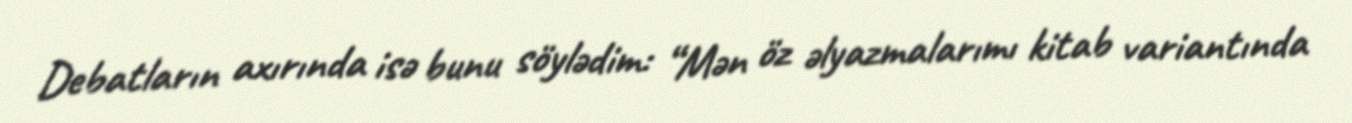
Debatların axırında isə bunu söylədim: “Mən öz əlyazmalarımı kitab variantında